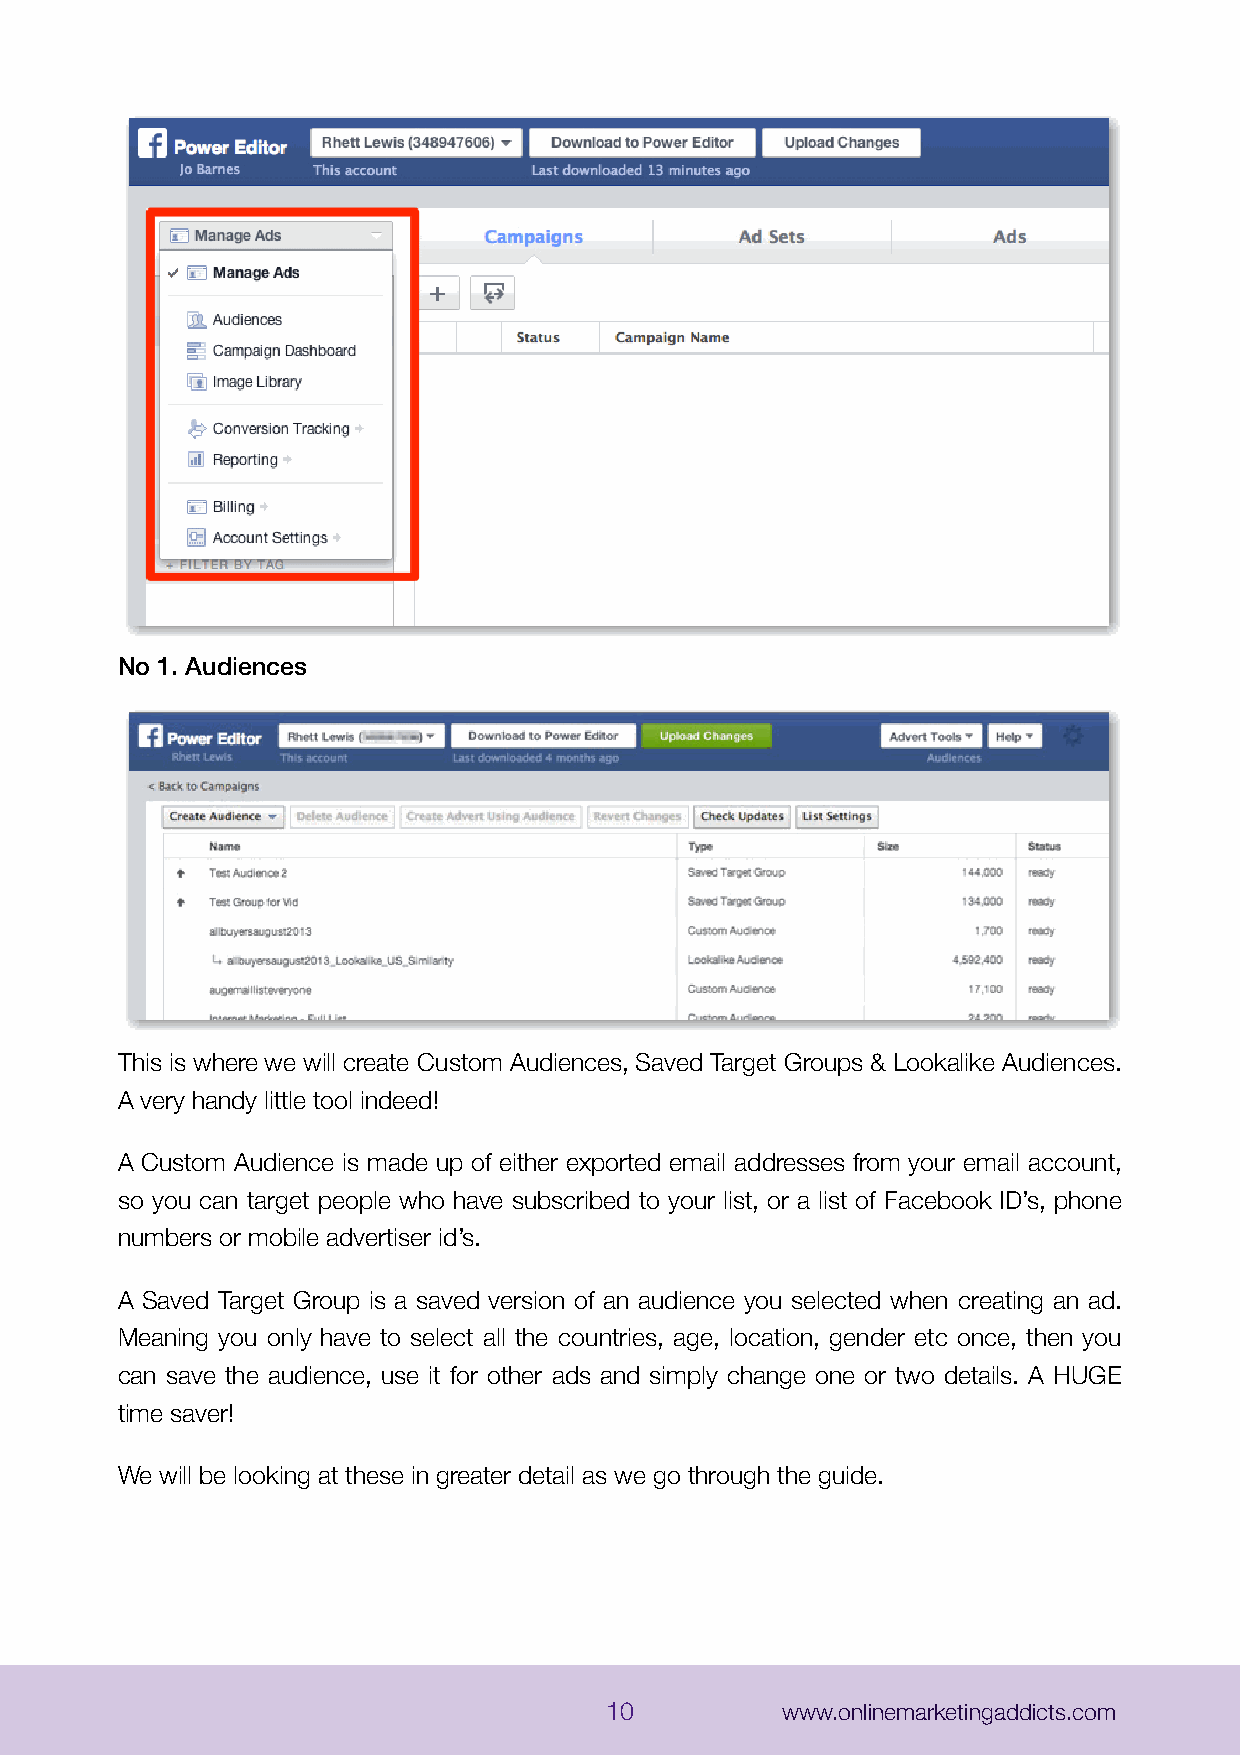
No 1. Audiences
 This is where we will create Custom Audiences, Saved Target Groups & Lookalike Audiences.
 A very handy little tool indeed!
 A Custom Audience is made up of either exported email addresses from your email account,
 so you can target people who have subscribed to your list, or a list of Facebook ID’s, phone
 numbers or mobile advertiser id’s.
 A Saved Target Group is a saved version of an audience you selected when creating an ad.
 Meaning you only have to select all the countries, age, location, gender etc once, then you
 can save the audience, use it for other ads and simply change one or two details. A HUGE
 time saver!
 We will be looking at these in greater detail as we go through the guide.
 10          www.onlinemarketingaddicts.com